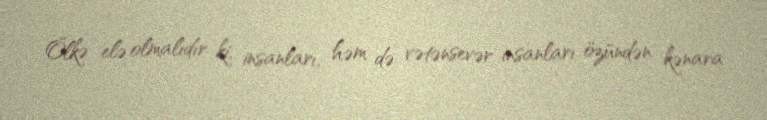
Ölkə elə olmalıdır ki, insanları, həm də vətənsevər insanları özündən kənara